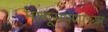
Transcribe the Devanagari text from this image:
माणूसपणाच्या